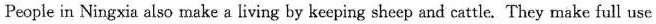
People in Ningxia also make a living by keeping sheep and cattle. They make full use